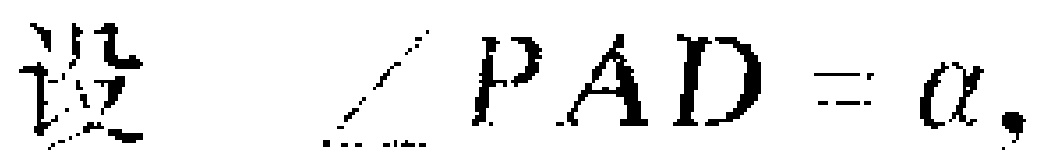
设 $\angle PAD = \alpha,$